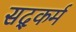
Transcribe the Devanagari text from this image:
सद्कर्म